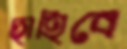
ছাহিবে